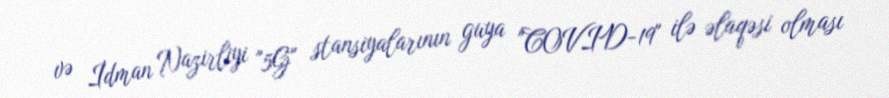
və İdman Nazirliyi "5G" stansiyalarının guya "COVID-19" ilə əlaqəsi olması